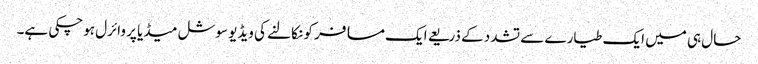
حال ہی میں ایک طیارے سے تشدد کے ذریعے ایک مسافر کو نکالنے کی ویڈیو سوشل میڈیا پر وائرل ہوچکی ہے۔